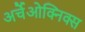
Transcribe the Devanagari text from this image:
अर्चेओक्निक्स